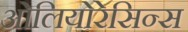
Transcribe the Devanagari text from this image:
ओलियोरेसिन्स